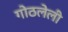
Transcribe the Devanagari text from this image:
गोठलेली